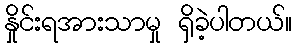
နှိုင်းရအားသာမှု ရှိခဲ့ပါတယ်။